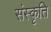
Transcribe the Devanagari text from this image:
संस्‍क़ृति